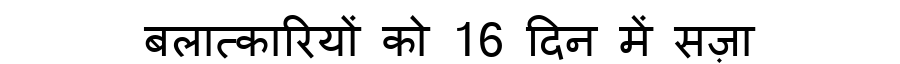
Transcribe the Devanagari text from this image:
बलात्कारियों को 16 दिन में सज़ा